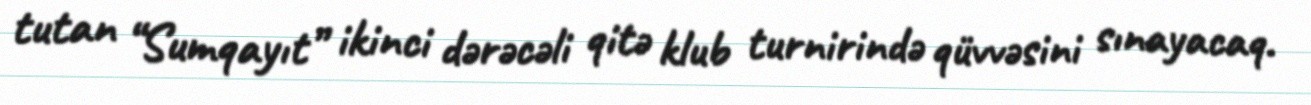
tutan “Sumqayıt” ikinci dərəcəli qitə klub turnirində qüvvəsini sınayacaq.